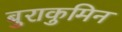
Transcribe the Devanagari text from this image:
बुराकुमिन